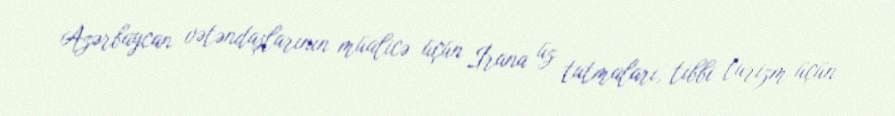
Azərbaycan vətəndaşlarının müalicə üçün İrana üz tutmaları, tibbi turizm üçün